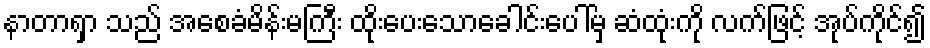
နာတာရှာ သည် အစေခံမိန်းမကြီး ထိုးပေးသောခေါင်းပေါ်မှ ဆံထုံးကို လက်ဖြင့် အုပ်ကိုင်၍